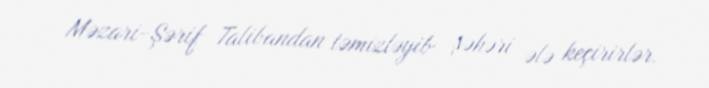
Məzari-Şərif Talibandan təmizləyib şəhəri ələ keçirirlər.